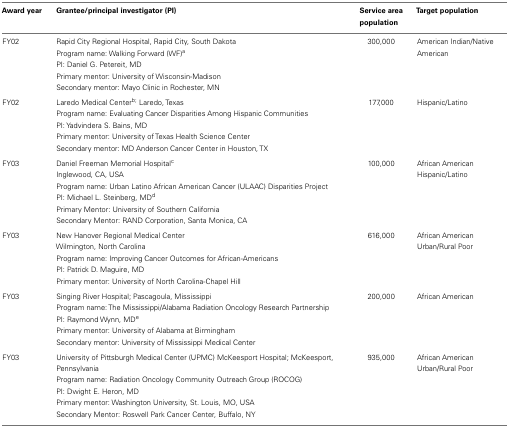
<table><thead><tr><td><b>Award year</b></td><td><b>Grantee/principal investigator (PI)</b></td><td><b>Service area population</b></td><td><b>Target population</b></td></tr></thead><tbody><tr><td>FY02</td><td>Rapid City Regional Hospital, Rapid City, South Dakota Program name: Walking Forward (WF)<sup>a</sup> PI: Daniel G. Petereit, MD Primary mentor: University of Wisconsin-Madison Secondary mentor: Mayo Clinic in Rochester, MN</td><td>300,000</td><td>American Indian/Native American</td></tr><tr><td>FY02</td><td>Laredo Medical Center<sup>b</sup><sup>;</sup> Laredo, Texas Program name: Evaluating Cancer Disparities Among Hispanic Communities PI: Yadvindera S. Bains, MD Primary mentor: University of Texas Health Science Center Secondary mentor: MD Anderson Cancer Center in Houston, TX</td><td>177,000</td><td>Hispanic/Latino</td></tr><tr><td>FY03</td><td>Daniel Freeman Memorial Hospital<sup>c</sup>Inglewood, CA, USAProgram name: Urban Latino African American Cancer (ULAAC) Disparities ProjectPI: Michael L. Steinberg, MD<sup>d</sup>Primary Mentor: University of Southern CaliforniaSecondary Mentor: RAND Corporation, Santa Monica, CA</td><td>100,000</td><td>African American Hispanic/Latino</td></tr><tr><td>FY03</td><td>New Hanover Regional Medical Center Wilmington, North Carolina Program name: Improving Cancer Outcomes for African-Americans PI: Patrick D. Maguire, MDPrimary mentor: University of North Carolina-Chapel Hill</td><td>616,000</td><td>African American Urban/Rural Poor</td></tr><tr><td>FY03</td><td>Singing River Hospital; Pascagoula, Mississippi Program name: The Mississippi/Alabama Radiation Oncology Research Partnership PI: Raymond Wynn, MD<sup>e</sup> Primary mentor: University of Alabama at Birmingham Secondary mentor: University of Mississippi Medical Center</td><td>200,000</td><td>African American</td></tr><tr><td>FY03</td><td>University of Pittsburgh Medical Center (UPMC) McKeesport Hospital; McKeesport, Pennsylvania Program name: Radiation Oncology Community Outreach Group (ROCOG) PI: Dwight E. Heron, MD Primary mentor: Washington University, St. Louis, MO, USASecondary Mentor: Roswell Park Cancer Center, Buffalo, NY</td><td>935,000</td><td>African American Urban/Rural Poor</td></tr></tbody></table>